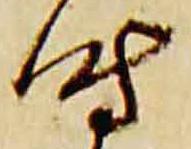
時